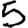
Digit: 5